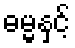
ဓမ္မနှင့်